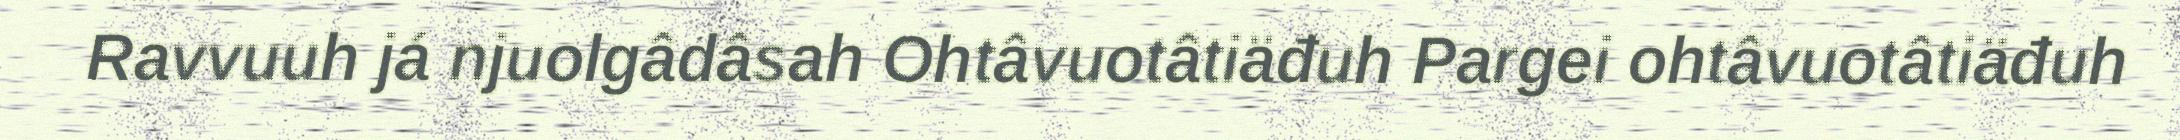
Ravvuuh já njuolgâdâsah Ohtâvuotâtiäđuh Pargei ohtâvuotâtiäđuh